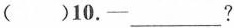
( )10.—____?